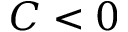
C < 0